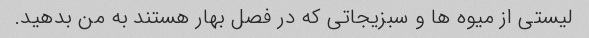
لیستی از میوه ها و سبزیجاتی که در فصل بهار هستند به من بدهید.